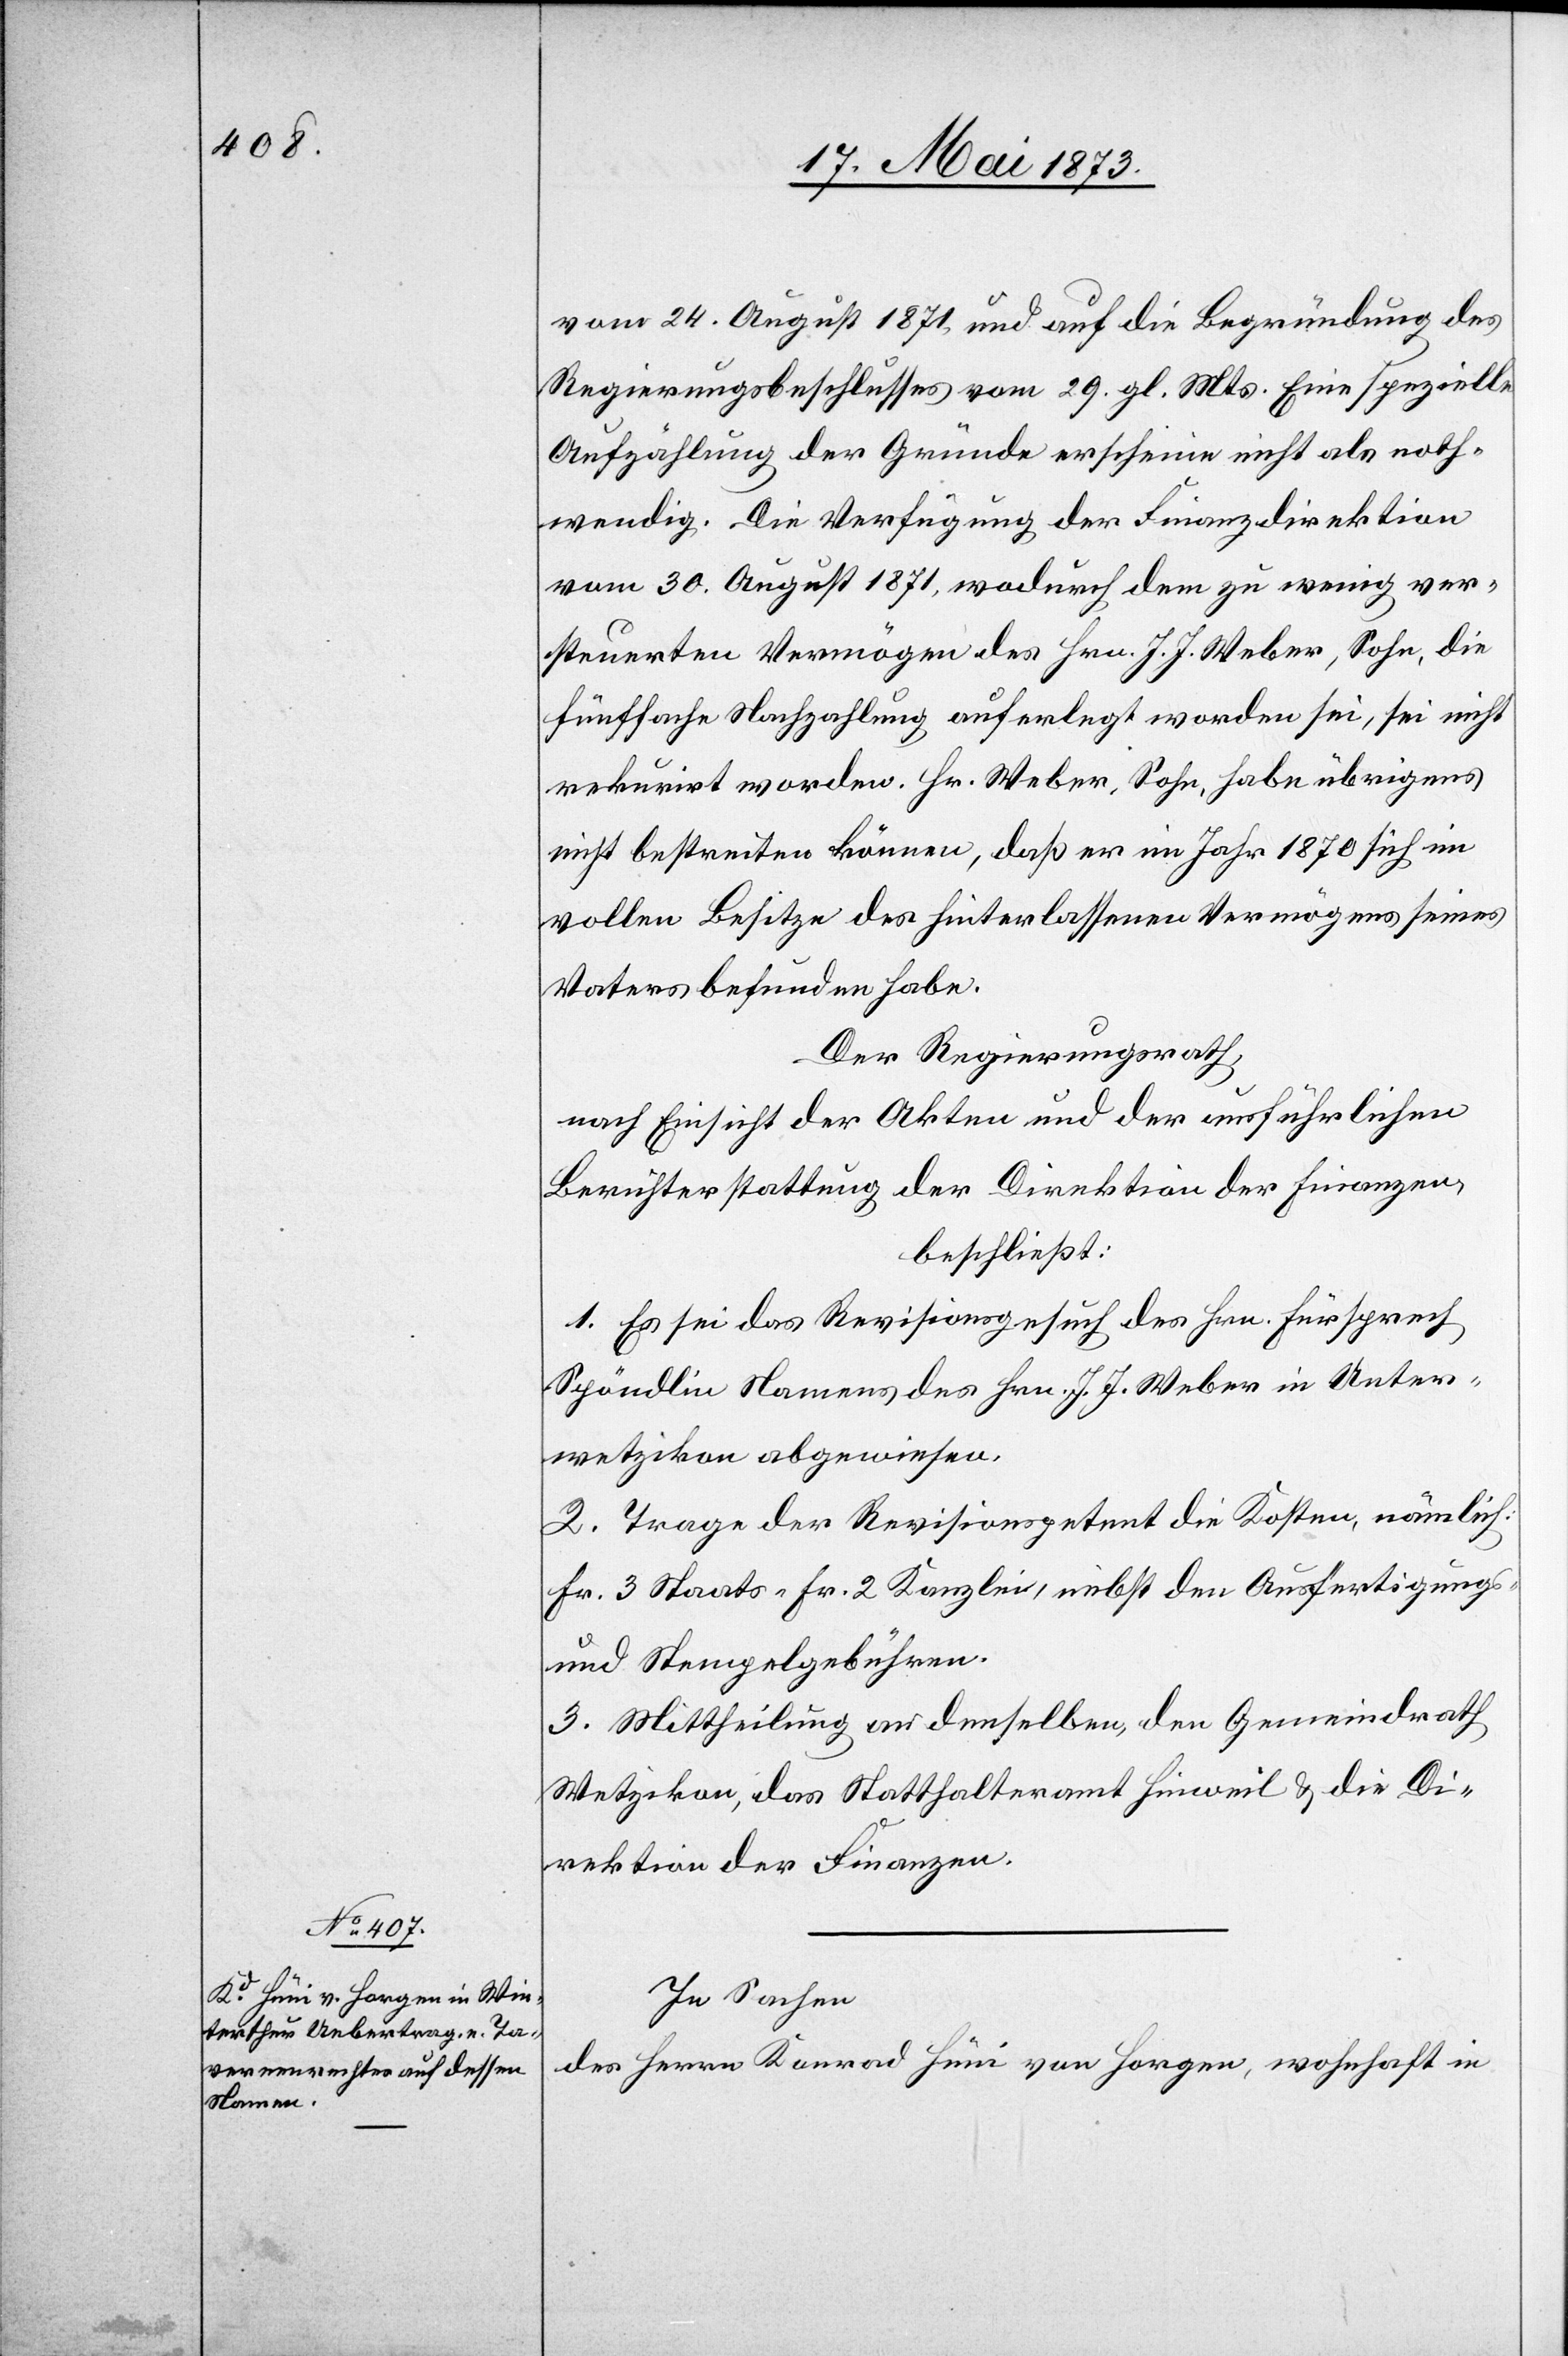
vom 24. August 1871, und auf die Begründung des
Regierungsbeschlusses vom 29. gl. Mts. Eine spezielle
Aufzählung der Gründe erscheine nicht als noth¬
wendig. Die Verfügung der Finanzdirektion
vom 30. August 1871, wodurch dem zu wenig ver¬
steuerten Vermögen des Hrn. J. J. Weber, Sohn, die
fünffache Nachzahlung auferlegt worden sei, sei nicht
rekurirt worden. Hr. Weber, Sohn, habe übrigens
nicht bestreiten können, daß er im Jahr 1870 sich im
vollen Besitze des hinterlassenen Vermögens seines
Vaters befunden haben.
Der Regierungsrath,
nach Einsicht der Akten und der ausführlichen
Berichterstattung der Direktion der Finanzen,
beschließt:
1. Es sei das Revisionsgesuch des Hrn. Fürsprech
Spöndlin Namens des Hrn. J. J. Weber in Unter¬
wetzikon abgewiesen.
2. Trage der Revisionspatent die Kosten, nämlich:
Fr. 3 Staats- Fr. 2 Kanzlei, nebst den Ausfertigungs-
und Stempelgebühren.
3. Mittheilung an denselben, den Gemeindrath
Wetzikon, das Statthalteramt Hinweil & die Di¬
rektion der Finanzen.
In Sachen
des Herrn Konrad Hüni von Horgen, wohnhaft in